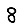
Digit: 8